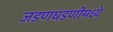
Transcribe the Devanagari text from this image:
जडणघडणीमध्ये